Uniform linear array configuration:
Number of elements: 8
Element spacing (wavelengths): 0.25
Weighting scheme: hann
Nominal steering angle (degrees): -30
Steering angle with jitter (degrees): -30.381
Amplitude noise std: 0.05
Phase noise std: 0.05

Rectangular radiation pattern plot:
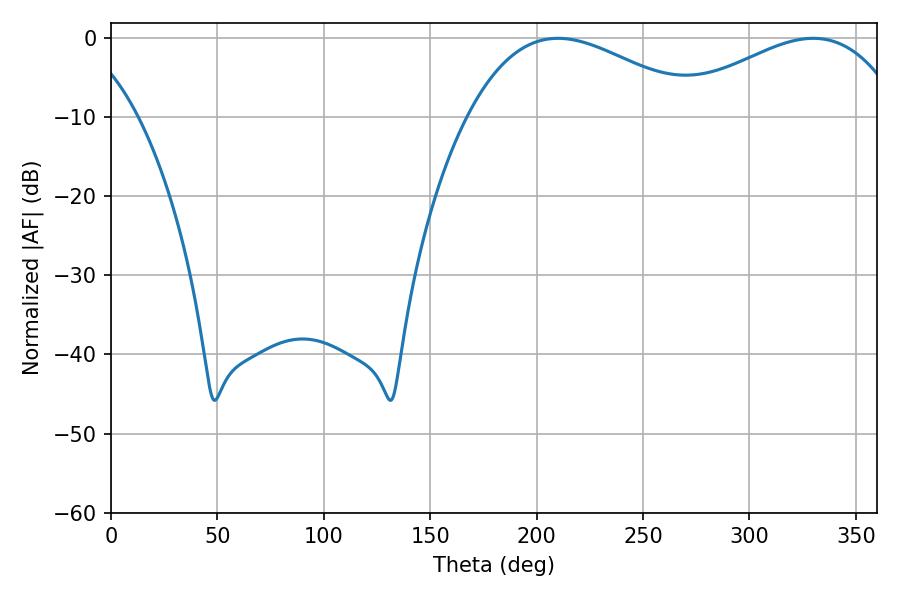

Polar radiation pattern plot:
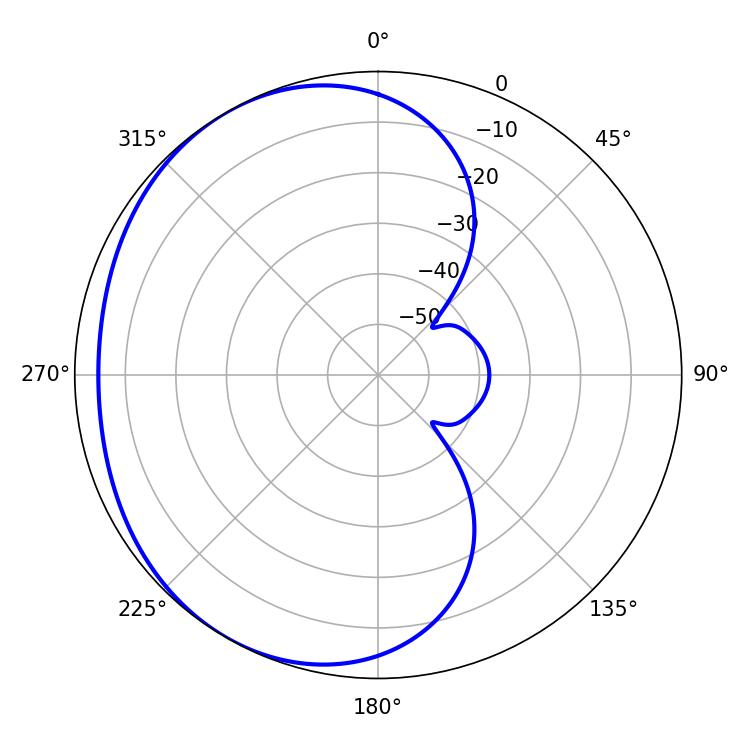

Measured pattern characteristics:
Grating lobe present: FALSE
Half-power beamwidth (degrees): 59.76
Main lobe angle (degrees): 210.06